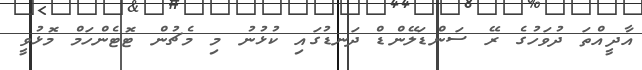
އާދީއްތަ ދުވަހުގެ ރޭ ސަންޑަލޭންޑް ދަނޑުގައި ކުޅުނު މި މެޗުން ޓޮޓެންހަމް މޮޅުވީ